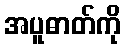
အပူဓာတ်ကို